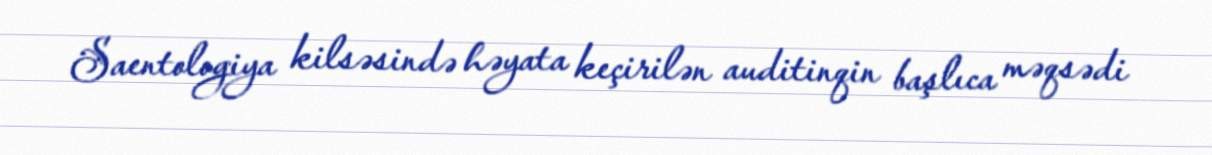
Saentologiya kilsəsində həyata keçirilən auditinqin başlıca məqsədi